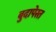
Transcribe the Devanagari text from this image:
बुदापेस्त